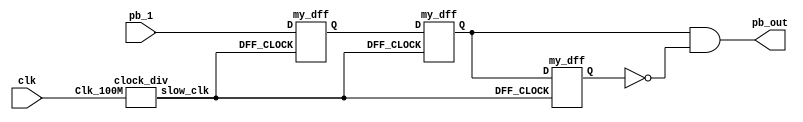
`timescale 1ns / 1ps
//////////////////////////////////////////////////////////////////////////////////
// Company: 
// Engineer: 
// 
// Design Name: 
// Module Name: debounce
// Project Name: 
// Target Devices: 
// Tool Versions: 
// Description: 
// 
// Dependencies: 
// 
// Revision:
// Revision 0.01 - File Created
// Additional Comments:
// 
//////////////////////////////////////////////////////////////////////////////////


module debounce(
    input pb_1, clk,
    output pb_out
    );
    
    wire slow_clk;
    wire Q1,Q2,Q2_bar,Q0;
    clock_div u1(clk,slow_clk);
    my_dff d0(slow_clk, pb_1,Q0 );
    
    my_dff d1(slow_clk, Q0,Q1 );
    my_dff d2(slow_clk, Q1,Q2 );
    assign Q2_bar = ~Q2;
    assign pb_out = Q1 & Q2_bar;
endmodule

// Slow clock for debouncing 
module clock_div(input Clk_100M, output reg slow_clk);
    reg [26:0]counter=0;
    always @(posedge Clk_100M)
    begin
        counter <= (counter>=249999)?0:counter+1;
        slow_clk <= (counter < 125000)?1'b0:1'b1;
    end
endmodule

// D-flip-flop for debouncing module 
module my_dff(input DFF_CLOCK, D, output reg Q);
    always @ (posedge DFF_CLOCK) begin
        Q <= D;
    end
endmodule